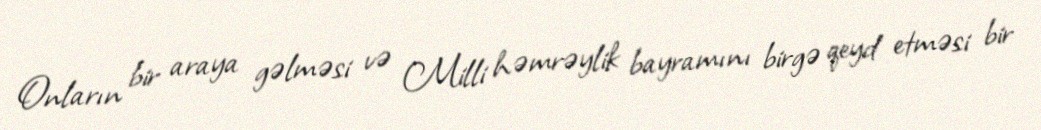
Onların bir araya gəlməsi və Milli həmrəylik bayramını birgə qeyd etməsi bir